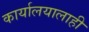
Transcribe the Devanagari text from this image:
कार्यालयालाही